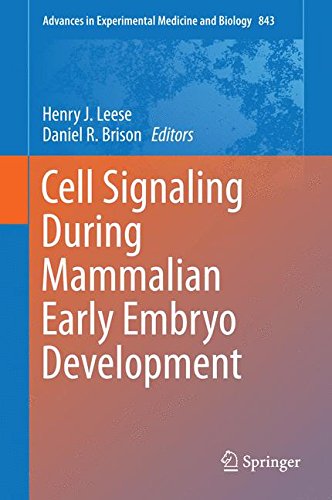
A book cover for Cell Signaling During Mammalian Early Embryo Development (Advances in Experimental Medicine and Biology); Medical Books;